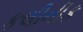
કલીનીક